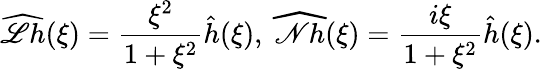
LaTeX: \widehat{\mathscr{L}h}(\xi)=\frac{\xi^{2}}{1+\xi^{2}}\hat{h}(\xi),\; \widehat{\mathscr{N}h}(\xi)=\frac{i\xi}{1+\xi^{2}}\hat{h}(\xi).